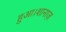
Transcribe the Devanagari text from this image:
हुआ।शानाज़